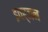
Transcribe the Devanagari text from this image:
इवर्जन